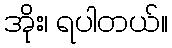
အိုး၊ ရပါတယ်။